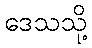
ဒေသသို့